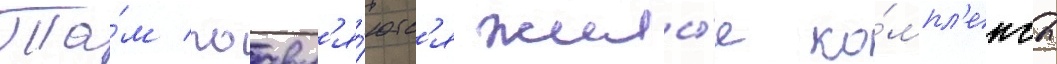
Та́м поавл'я́ютс'я жилы́е ко́мпл'ексы